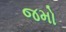
જમો